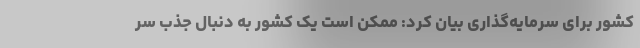
کشور برای سرمایه‌گذاری بیان کرد: ممکن است یک کشور به دنبال جذب سر